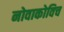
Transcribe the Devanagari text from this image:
नोवाकोविच